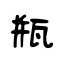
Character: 瓶